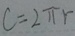
c = 2 \pi r